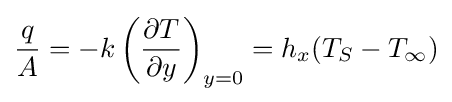
{q \over A}=-k\left({\partial T \over \partial y}\right)_{y=0}=h_{x}(T_{S}-T_{\infty })